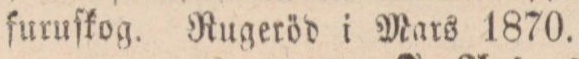
furuſkog. Rugeröd i Mars 1870.